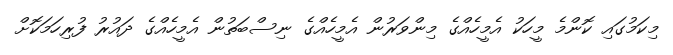
މިކަމުގައި ކޮންމެ މީހަކު އެމީހެއްގެ މިންވަރުން އެމީހެއްގެ ނިސްބަތުން އެމީހެއްގެ ދައުރު ފުރިހަމަކޮށް